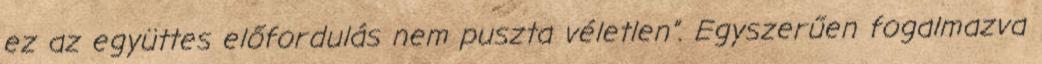
ez az együttes előfordulás nem puszta véletlen”. Egyszerűen fogalmazva